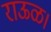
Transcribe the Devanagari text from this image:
राऊळ।